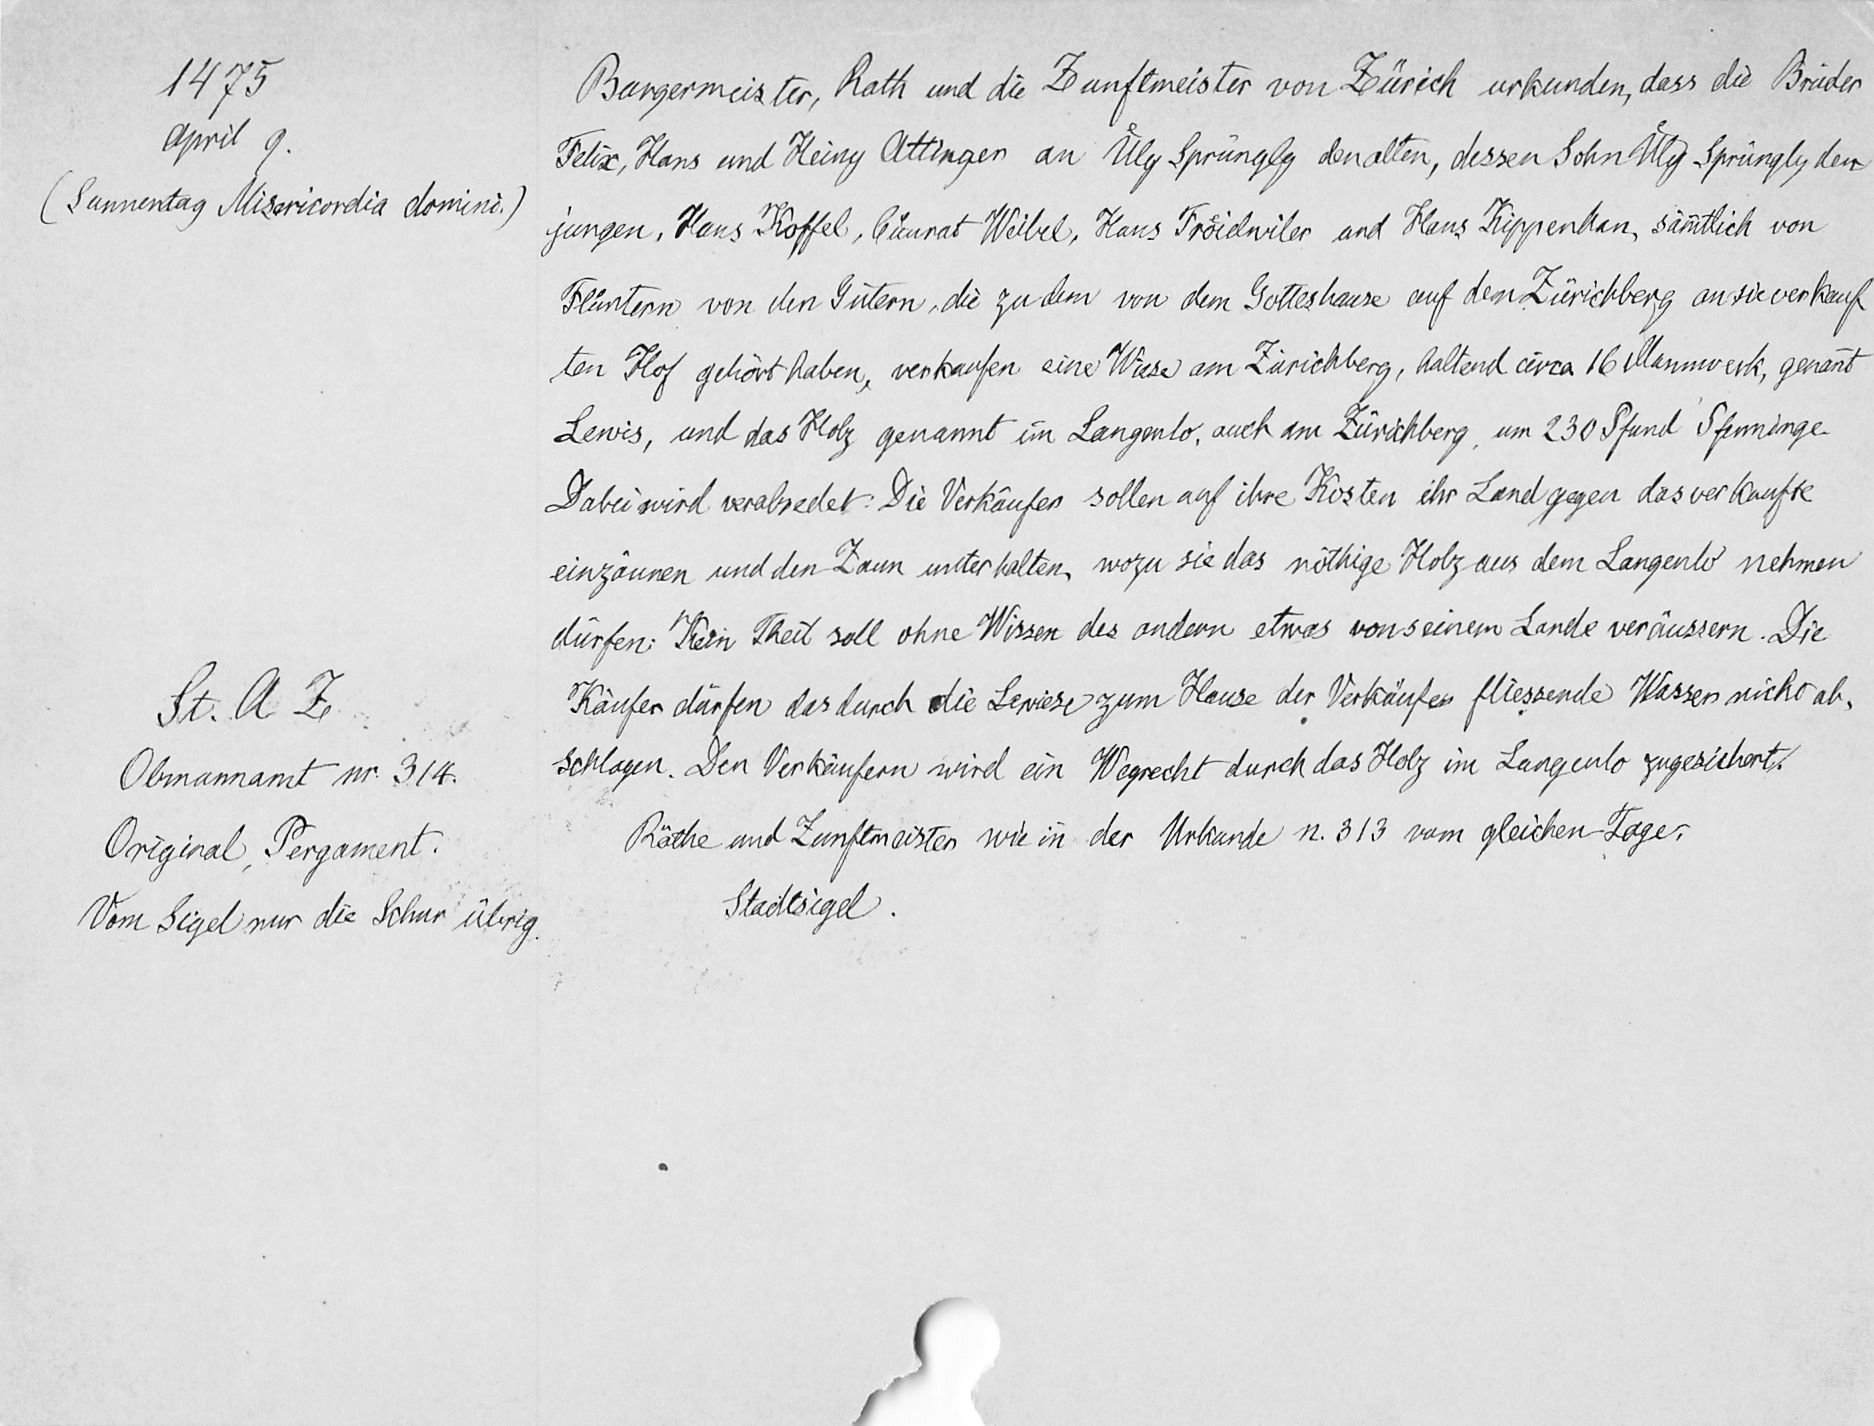
1475
April 9.
(Sunnentag Misericordia domini.)
St. A. Z.
Obmannamt nr. 314.
Original Pergament.
Vom Sigel nur die Schur übrig.

Burgermeister, Rath und die Zunftmeister von Zürich urkunden, dass die Brüder
Felix, Hans und Heiny Ottinger an Uͤly Sprüngly den alten, dessen Sohn Uͤly Sprüngly den
jungen, Hans Koffel, Cuͦnrat Weibel, Hans Froͤidwiler und Hans Kippenhan, sämmtlich von
Fluͦntern von den Gütern, die zu den von dem Gotteshause auf dem Zürichberg an sie verkauf¬
ten Hof gehört haben, verkaufen eine Wiese am Zürichberg, haltend circa 16 Mannwerk genannt
Lewis, und das Holz genannt im Langenlo, auch am Zürichberg, um 230 Pfund Pfenninge.
Dabei wird verabredet: Die Verkäufer sollen auf ihre Kosten ihr Land gegen das verkaufte
einzäunen und den Zaun unterhalten, wozu sie das nöthige Holz aus dem Langenlo nehmen
dürfen. Kein Theil soll ohne Wissen des andern etwas von seinem Lande veräussern. Die
Käufer dürfen das durch die Lewiese zum Hause der Verkäufer fliessende Wasser nicht ab¬
schlagen. Den Verkäufern wird ein Wegrecht durch das Holz im Langenlo zugesichert.
Räthe und Zunftmeister wie in der Urkunde n. 313 vom gleichen Tage.
Stadtsigel.